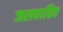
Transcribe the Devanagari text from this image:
जलवाहित